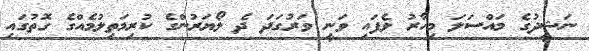
ނަޝީދުގެ މައްސަލަ މިހާރު ވެފައި ވަނީ ވަރުގަދަ ދެ ލޯޔަރުންގެ ކުރިމަތިލުމެއްގެ ގޮތުގައި